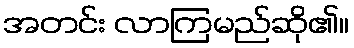
အတင်း လာကြမည်ဆို၏။